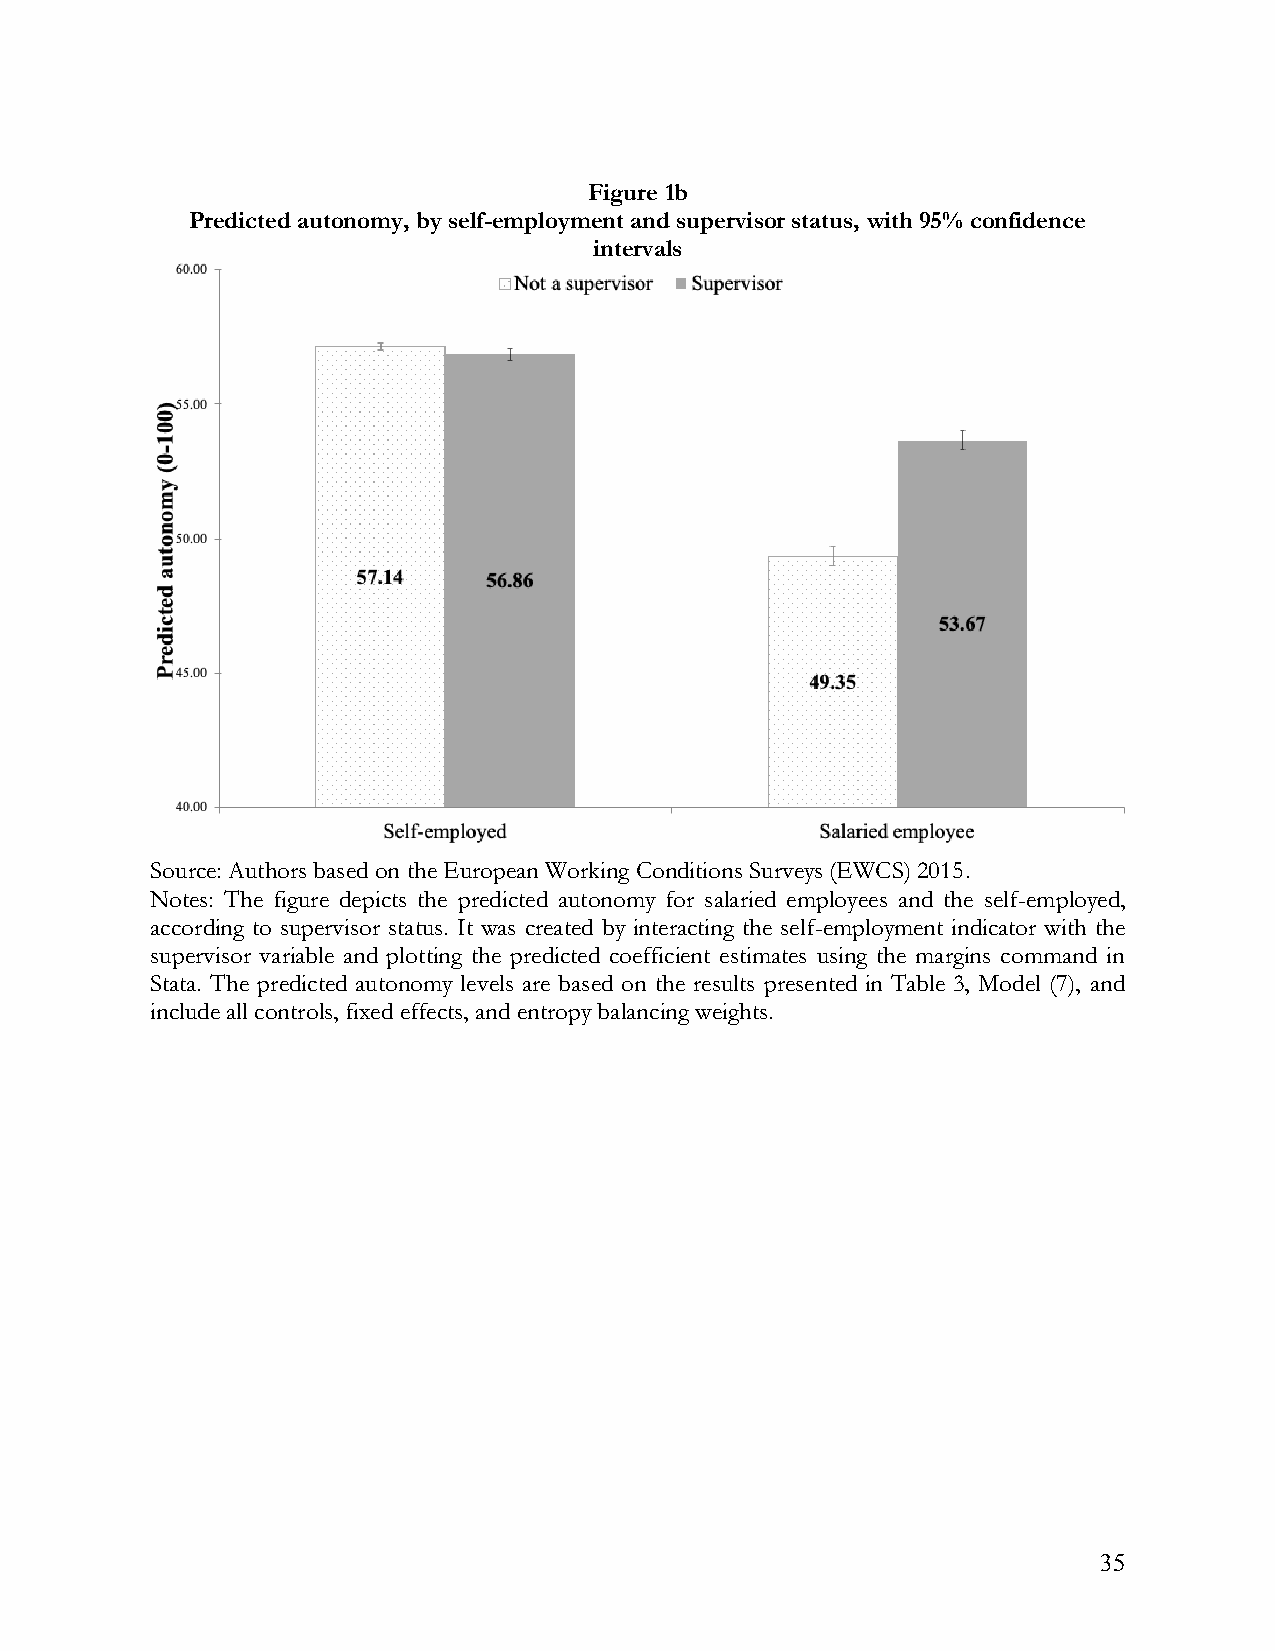
Figure 1b
 Predicted autonomy, by self-employment and supervisor status, with 95% confidence
 intervals
 Source: Authors based on the European Working Conditions Surveys (EWCS) 2015.
 Notes: The figure depicts the predicted autonomy for salaried employees and the self-employed,
 according to supervisor status. It was created by interacting the self-employment indicator with the
 supervisor variable and plotting the predicted coefficient estimates using the margins command in
 Stata. The predicted autonomy levels are based on the results presented in Table 3, Model (7), and
 include all controls, fixed effects, and entropy balancing weights.
 35